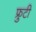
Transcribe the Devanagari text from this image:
फ्रुटी